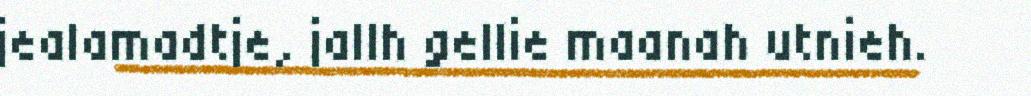
jealamadtje, jallh gellie maanah utnieh.